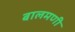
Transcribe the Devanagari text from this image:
बालमणी